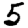
Digit: 5